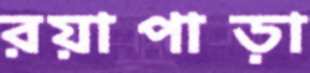
রয়াপাড়া